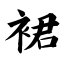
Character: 裙